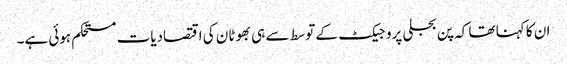
ان کا کہنا تھا کہ پن بجلی پروجیکٹ کے توسط سے ہی بھوٹان کی اقتصادیات مستحکم ہوئی ہے۔